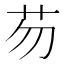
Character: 芴